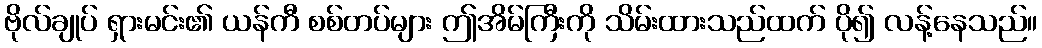
ဗိုလ်ချုပ် ရှားမင်း၏ ယန်ကီ စစ်တပ်များ ဤအိမ်ကြီးကို သိမ်းထားသည်ထက် ပို၍ လန့်နေသည်။